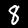
Label: 8